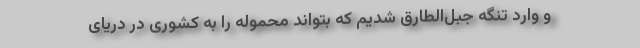
و وارد تنگه جبل‌الطارق شدیم که بتواند محموله را به کشوری در دریای